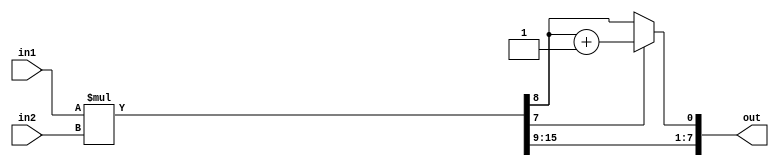
module fixedpoint(
	input [7:0] in1, // integer[7:5], decimal[4:0]
	input [7:0] in2, // integer[7:5], decimal[4:0]
	output reg [7:0] out // integer[7:2], decimal[1:0]
);
reg [15:0]temp;
reg [15:0]inv_temp;
always@(*)begin
   temp = in1*in2; 
   out[7:2] = temp[15:10];
   if(temp[7]==1'b1)begin
	   temp[8] = temp[8] + 1'b1;
	   out[1:0] = temp[9:8];
   end
   else
	   out[1:0] = temp[9:8];        
   end
endmodule